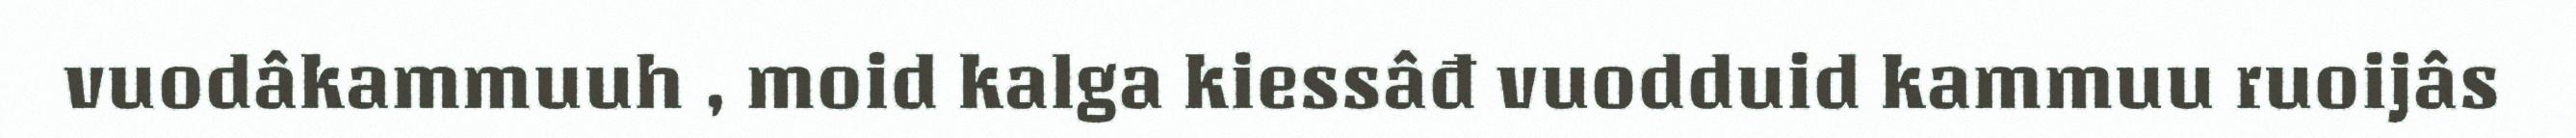
vuodâkammuuh , moid kalga kiessâđ vuodduid kammuu ruoijâs